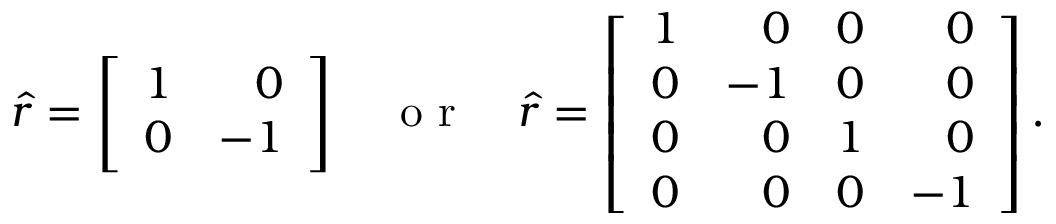
\hat { r } = \left[ \begin{array} { r r } { 1 } & { 0 } \\ { 0 } & { - 1 } \end{array} \right] \quad \mathrm { ~ o ~ r ~ } \quad \hat { r } = \left[ \begin{array} { r r r r } { 1 } & { 0 } & { 0 } & { 0 } \\ { 0 } & { - 1 } & { 0 } & { 0 } \\ { 0 } & { 0 } & { 1 } & { 0 } \\ { 0 } & { 0 } & { 0 } & { - 1 } \end{array} \right] .